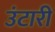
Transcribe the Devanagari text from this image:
उंटारी